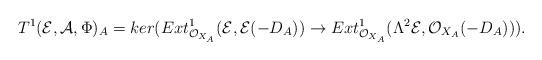
LaTeX: \begin{align*}T^{1}(\mathcal{E},\mathcal{A},\Phi)_{A}=ker(Ext{}_{\mathcal{O}_{X_{A}}}^{1}(\mathcal{E},\mathcal{E}(-D_{A}))\rightarrow Ext{}_{\mathcal{O}_{X_{A}}}^{1}(\Lambda^{2}\mathcal{E},\mathcal{O}_{X_{A}}(-D_{A}))).\end{align*}